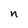
Character: n